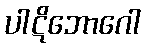
ပါဋိဘောဂေါ